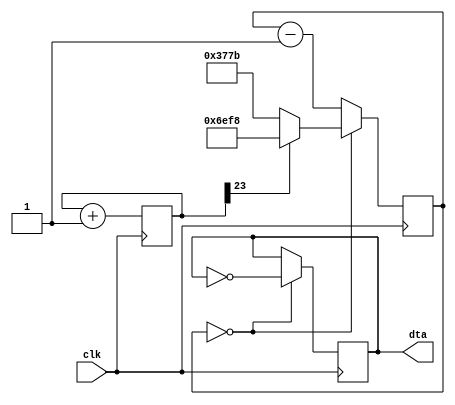
module sonido(clk, dta);

input clk;
output dta;
initial begin
tone = 0;
counter = 0;
dta =0;
end
parameter clkdivider = 25000000/440/2;
reg [23:0] tone;
always @(posedge clk) tone <= tone+24'b1;
reg [14:0] counter;
always @(posedge clk)
if (counter==0) counter <= (tone[23] ? clkdivider-15'b1 : clkdivider/2-15'b1);
else counter <= counter-15'b1;
reg dta;
always @(posedge clk)
if (counter==0) dta <= ~dta;

endmodule